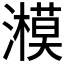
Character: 𤂨